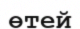
өтей